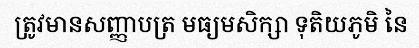
ត្រូវមានសញ្ញាបត្រ មធ្យមសិក្សា ទុតិយភូមិ នៃ